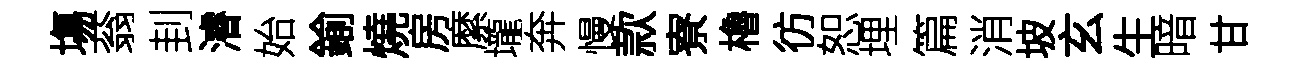
塲蓊刲濬始鍮燒房縻壠奔慢款寮櫓彷恕埋篇消坡玄生暗甘